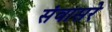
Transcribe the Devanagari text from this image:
संवासरे